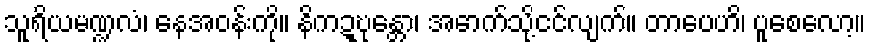
သူရိယမဏ္ဍလံ၊ နေအဝန်းကို။ နိကဍ္ဎုန္တော၊ အောက်သို့ငင်လျက်။ တာပေဟိ၊ ပူစေလော့။